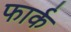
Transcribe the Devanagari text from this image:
फार्क